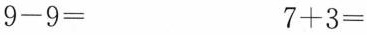
$$9 - 9 =$$$$7 + 3 =$$